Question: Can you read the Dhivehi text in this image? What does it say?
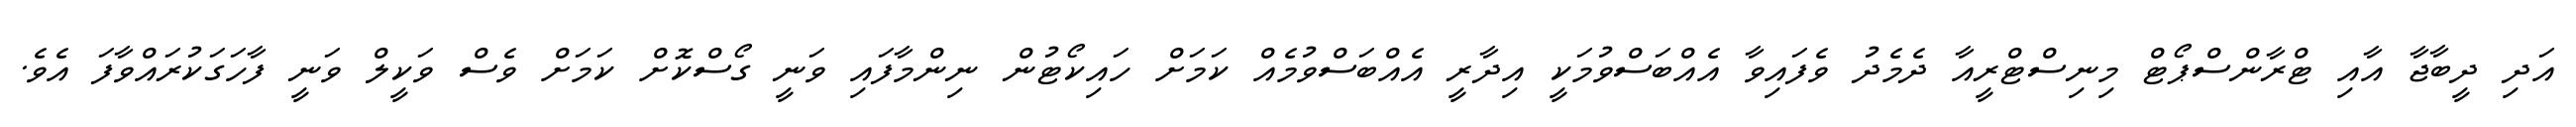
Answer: އަދި ދީބާޖާ އާއި ޓްރާންސްޕޯޓް މިނިސްޓްރީއާ ދެމެދު ވެފައިވާ އެއްބަސްވުމަކީ އިދާރީ އެއްބަސްވުމެއް ކަމަށް ހައިކޯޓުން ނިންމާފައި ވަނީ ގޯސްކޮށް ކަމަށް ވެސް ވަކީލް ވަނީ ފާހަގަކުރައްވާފަ އެވެ.